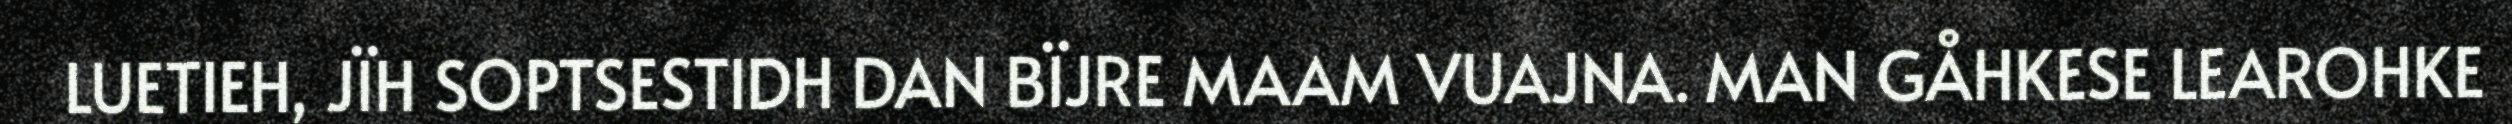
LUETIEH, JÏH SOPTSESTIDH DAN BÏJRE MAAM VUAJNA. MAN GÅHKESE LEAROHKE